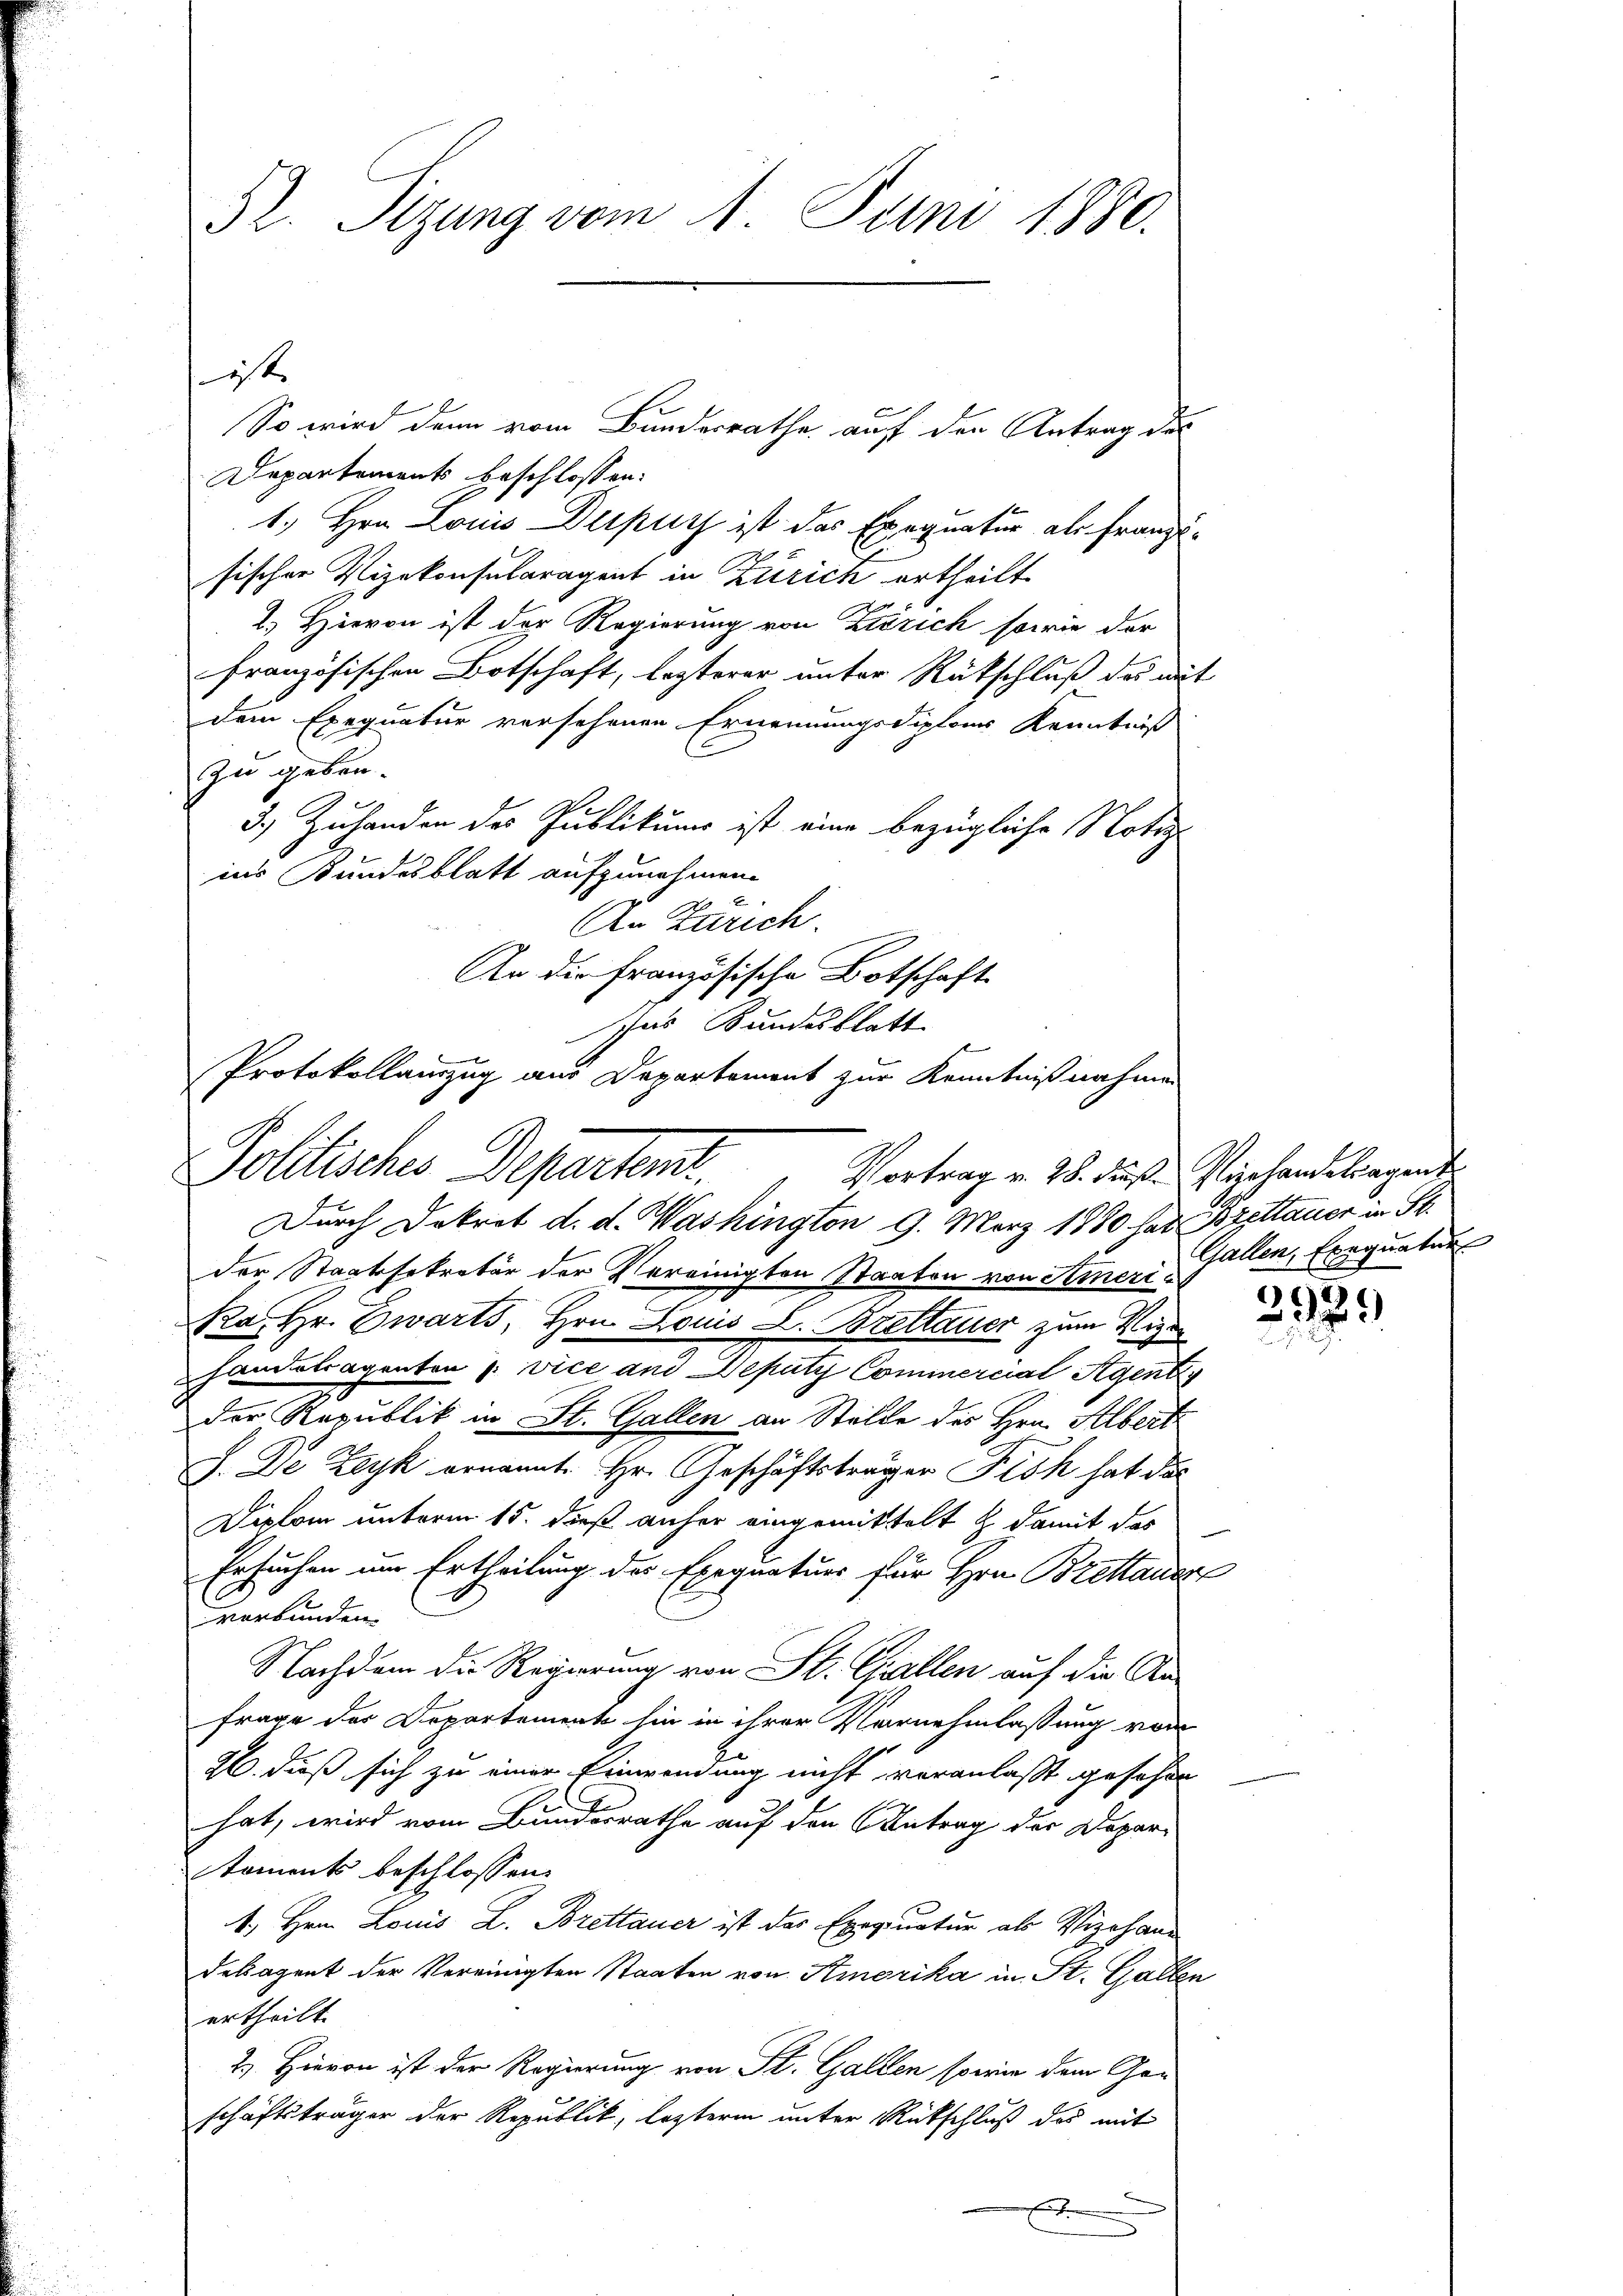
52. Sizung vom 11. Juni 1880.

ist
So wird dann vom Bundesrathe auf den Antrag des
Departements beschlossen:
1.) Hrn. Louis Dupuy ist das Exequatur als franzisischer Vizekonsularagent in Zürich ertheilt.
2.) Hievon ist der Regierung von Zürich sowie der
französischen Botschaft, lezterer unter Rütschluß des mit
dem Exequatur versehenen Ernennungsdiploms Kenntniß
zu geben.
3.) Zuhanden des Publikums ist eine bezügliche Notiz
ins Bundesblatt aufzunehmen.
An Zürich.
An die französische Botschaft
Ins Bundesblatt
Protokollauszug aus Departement zur Kenntnißnahmen

Politisches Departen.
Vortrag v. 28. Fuß. Viehandetragent
Durch Dekret d. d. Washington 9. März 1880 hat Brettauer in St.

der Staatssekretär der Vereinigten Staaten von Sineri¬
Ra. Hr. Zwarts, Hrn. Louis L. Brettauer zum Vize
handelsagenten (: vice und Deputy Commercial Agent
der Republik in St. Gallen an Stelle des Hrn. Albert
J. De Zeyk ernannte Hr. Geschäftsträger Fick hat das
Diplom unterm 15. dieß anher eingemittelt & damit das
Ersuchen um Ertheilung der Exequaturs für Hrn. Brettaner
verbunden.
Nachdem die Regierung von St. Gallen auf die An-
frage des Departement hin in ihrer Vornehmlassung vom
26. dieß sich zu einer Einwendung nicht veranlaßt gesehen
hat, wird vom Bundesrathe auf den Antrag der Depar-
koments beschlossen:
1. Hrn. Louis L. Brettauer ist der Exequatur als Viehand
delagent der Vereinigten Staaten von Amerika in St. Gallen
ertheilt.
2.) Hievon ist der Regierung von St. Gallen sowie dem Ge-
schäftsträger der Republik, lezterm unter Rückschluß des mit
f

Gallen, Exequatur

2925